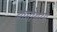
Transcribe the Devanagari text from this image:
थामोथरम